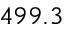
4 9 9 . 3